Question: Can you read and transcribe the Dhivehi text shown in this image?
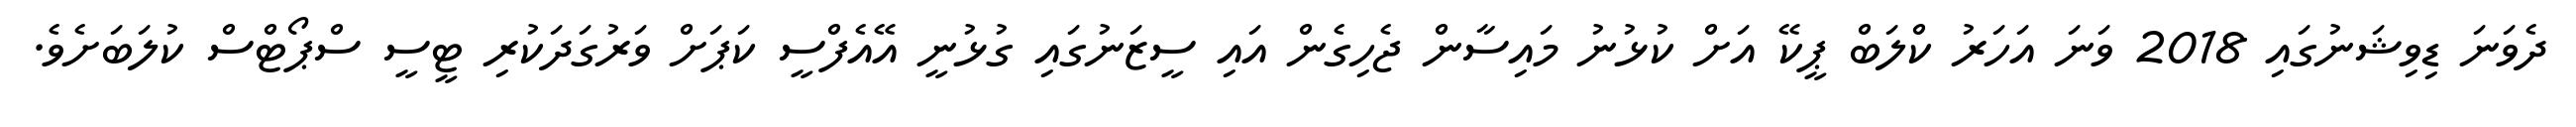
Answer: ދެވަނަ ޑިވިޝަނުގައި 2018 ވަނަ އަހަރު ކްލަބް ޕީކޭ އަށް ކުޅުނު މައިސާން ޖެހިގެން އައި ސީޒަނުގައި ގުޅުނީ އޭއެފްސީ ކަޕަށް ވަރުގަދަކުރި ޓީސީ ސްޕޯޓްސް ކުލަބަށެވެ.